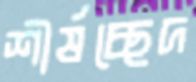
শীর্ষচ্ছেদ